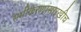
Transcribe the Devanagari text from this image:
समीकरणांसारखीच